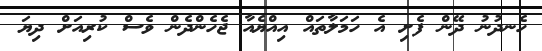
ހެނދުނު ދޭން ފެށި އެ ހަމަލާތައް އިއްޔެއާ ޖެެހެންދެން ވެސް ކުރިއަށް ދިޔަ